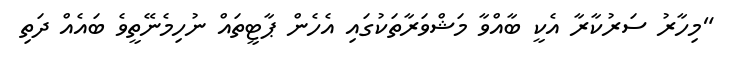
"މިހާރު ސަރުކާރާ އެކީ ބާއްވާ މަޝްވަރާތަކުގައި އެހެން ޕާޓީތައް ނުހިމެނޭތީވެ ބައެއް ދަތި